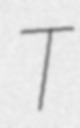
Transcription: T